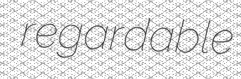
regardable